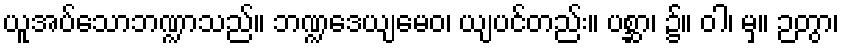
ယူအပ်သောဘဏ္ဍာသည်။ ဘဏ္ဍဒေယျမေဝ၊ ယျပင်တည်း။ ပစ္ဆာ၊ ၌။ ဝါ၊ မှ။ ဉတွာ၊